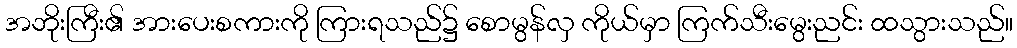
အဘိုးကြီး၏ အားပေးစကားကို ကြားရသည်၌ စောမွန်လှ ကိုယ်မှာ ကြက်သီးမွေးညင်း ထသွားသည်။